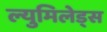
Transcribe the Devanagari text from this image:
ल्युमिलेड्स